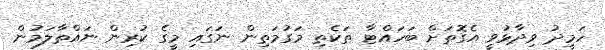
ހަމީދު ވިދާޅުވީ އެގޮތަށް ބަހައްޓާ ތަކެތި މަގުމަތިން ނަގައި މީގެ ކުރިން ނައްތާލަމުން